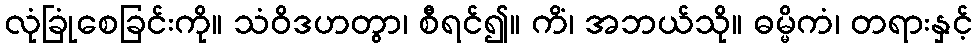
လုံခြုံစေခြင်းကို။ သံဝိဒဟတွာ၊ စီရင်၍။ ကိံ၊ အဘယ်သို။ ဓမ္မိကံ၊ တရားနှင့်